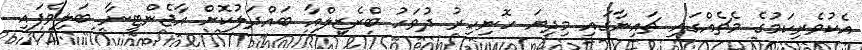
އެކުވެރިކަމުގެ މެޗެއްގައި ޗައިނާގައި މިދިޔަ ހޮނިހިރު ދުވަހު ބްރެޒިލްއާ ބައްދަލުކޮށް އާޖެންޓީނާ ބަލިވެފައި